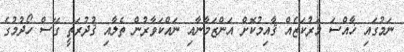
ނަމުގައި ޚާއްސަ މަރުކަޒެއް ޤާއިމުކޮށް އަންޒަމާނާއި ނައްކަވާރުން ތެލާއި ޤުދުރަތީ ގޭސް ހޯދުމުގެ